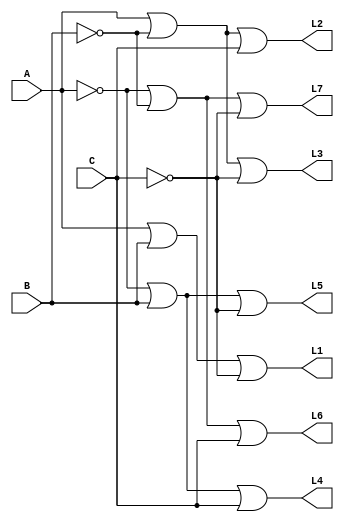
module testelinhas(input A,B,C, output L1,L2,L3,L4,L5,L6,L7);
not not0(A1,A);
not not1(B1,B);
not not2(CN,C);
or and0(L1,A,B,CN);
or and1(L2,A,B1,C);
or and2(L3,A,B1,CN);
or and3(L4,A1,B,C);
or and4(L5,A1,B,CN);
or or0(L6,A1,B1,C);
or or1(L7,A1,B1,CN);
endmodule